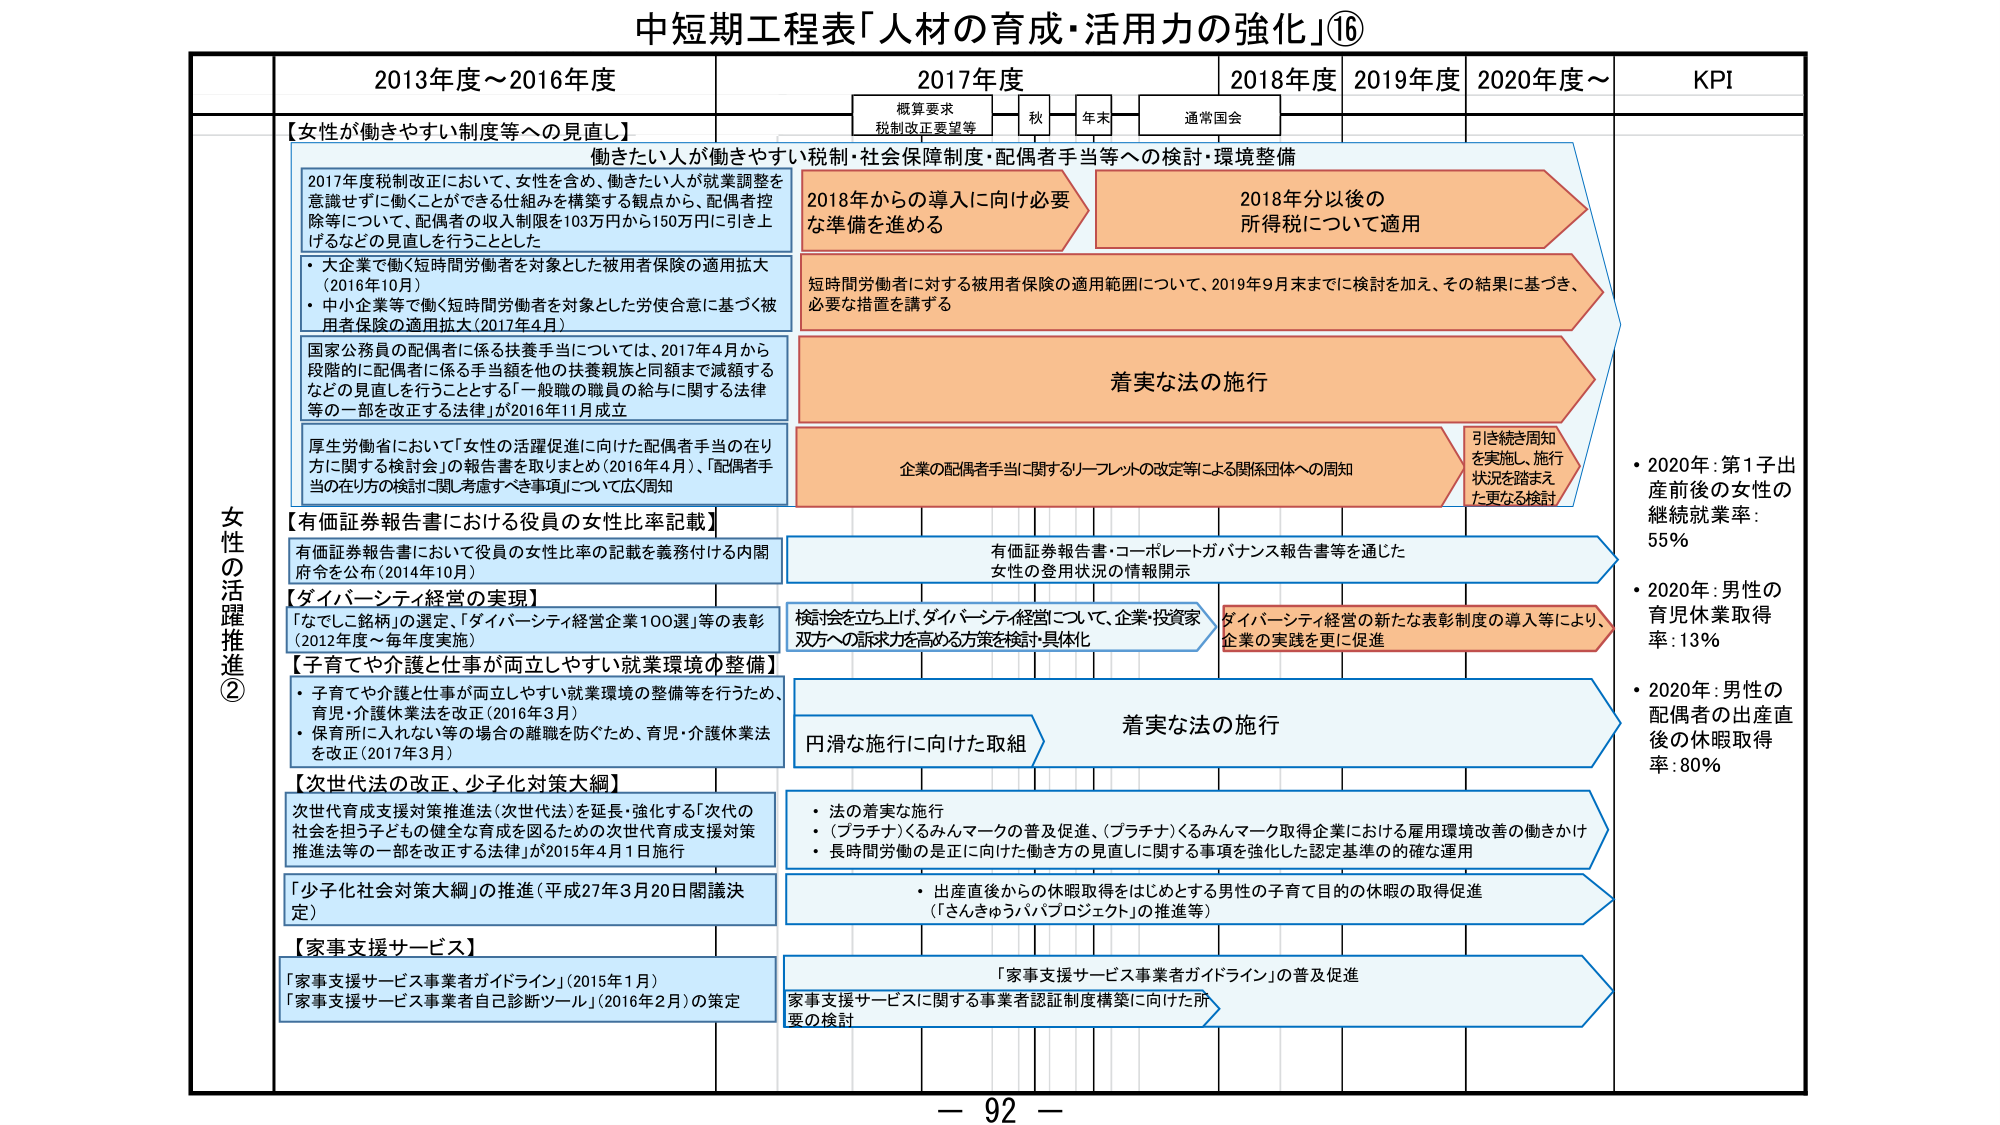
中短期工程表「人材の育成・活用力の強化」⑯

女性の活躍推進②

2013年度～2016年度
2017年度
2018年度
2019年度
2020年度～
KPI

【女性が働きやすい制度等への見直し】
働きたい人が働きやすい税制・社会保障制度・配偶者手当等への検討・環境整備

2017年度税制改正において、女性を含め、働きたい人が就業調整を意識せず「働くことができる」を構築する観点から、配偶者控除等について、配偶者の収入制限を103万円から150万円に引き上げるなどの見直しを行うこととした

・大企業で働く短時間労働者を対象とした被用者保険の適用拡大（2016年10月）
・中小企業等で働く短時間労働者を対象とした労使合意に基づく被用者保険の適用拡大（2017年4月）

国家公務員の配偶者に係る扶養手当については、2017年4月から段階的に配偶者に係る手当額を他の扶養親族と同額まで減額するなどの見直しを行うこととする「一般職の職員の給与に関する法律等の一部を改正する法律」が2016年11月成立

厚生労働省において「女性の活躍促進に向けた配偶者手当の在り方に関する検討会」の報告書を取りまとめ（2016年4月）、「配偶者手当の在り方の検討に関し考慮すべき事項」について広く周知

2018年からの導入に向け必要な準備を進める

2018年分以後の所得税について適用

短時間労働者に対する被用者保険の適用範囲について、2019年9月末までに検討を加え、その結果に基づき、必要な措置を講ずる

着実な法の施行

企業の配偶者手当に関するリーフレットの改定等による関係団体への周知

引き続き周知を実施し、施行状況を踏まえた更なる検討

【有価証券報告書における役員の女性比率記載】
有価証券報告書において役員の女性比率の記載を義務付ける内閣府令を公布（2014年10月）

有価証券報告書・コーポレートガバナンス報告書等を通じた女性の登用状況の情報開示

【ダイバーシティ経営の実現】
「なでしこ銘柄」の選定、「ダイバーシティ経営企業100選」等の表彰（2012年度～毎年度実施）

検討会を立ち上げ、ダイバーシティ経営について、企業・投資家双方への訴求力を高める方策を検討・具体化

ダイバーシティ経営の新たな表彰制度の導入等により、企業の実践を更に促進

【子育てや介護と仕事が両立しやすい就業環境の整備】
・子育てや介護と仕事が両立しやすい就業環境の整備等を行うため、育児・介護休業法を改正（2016年3月）
・保育所に入れない等の場合の離職を防ぐため、育児・介護休業法を改正（2017年3月）

円滑な施行に向けた取組

着実な法の施行

【次世代法の改正、少子化対策大綱】
次世代育成支援対策推進法（次世代法）を延長・強化する「次代の社会を担う子どもらの健全な育成を図るための次世代育成支援対策推進法等の一部を改正する法律」が2015年4月1日施行

・法の着実な施行
・（プラチナ）くるみんマークの普及促進、（プラチナ）くるみんマーク取得企業における雇用環境改善の働きかけ
・長時間労働の是正に向けた働き方の見直しに関する事項を強化した認定基準の的確な運用

【少子化社会対策大綱】の推進（平成27年3月20日閣議決定）

・出産直後からの休暇取得をはじめとする男性の子育て目的の休暇の取得促進（「さんきゅうパパプロジェクト」の推進等）

【家事支援サービス】
「家事支援サービス事業者ガイドライン」（2015年1月）
「家事支援サービス事業者自己診断ツール」（2016年2月）の策定

「家事支援サービス事業者ガイドライン」の普及促進

家事支援サービスに関する事業者認証制度構築に向けた所要の検討

・2020年：第1子出産前後の女性の継続就業率：55％
・2020年：男性の育児休業取得率：13％
・2020年：男性の配偶者の出産直後の休暇取得率：80％

概算要求
税制改正要望等
秋
年末
通常国会

－ 92 －